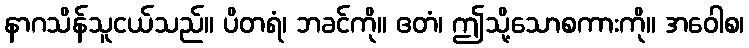
နာဂသိန်သူငယ်သည်။ ပိတရံ၊ ဘခင်ကို။ ဧတံ၊ ဤသို့သောစကားကို။ အဝေါစ၊